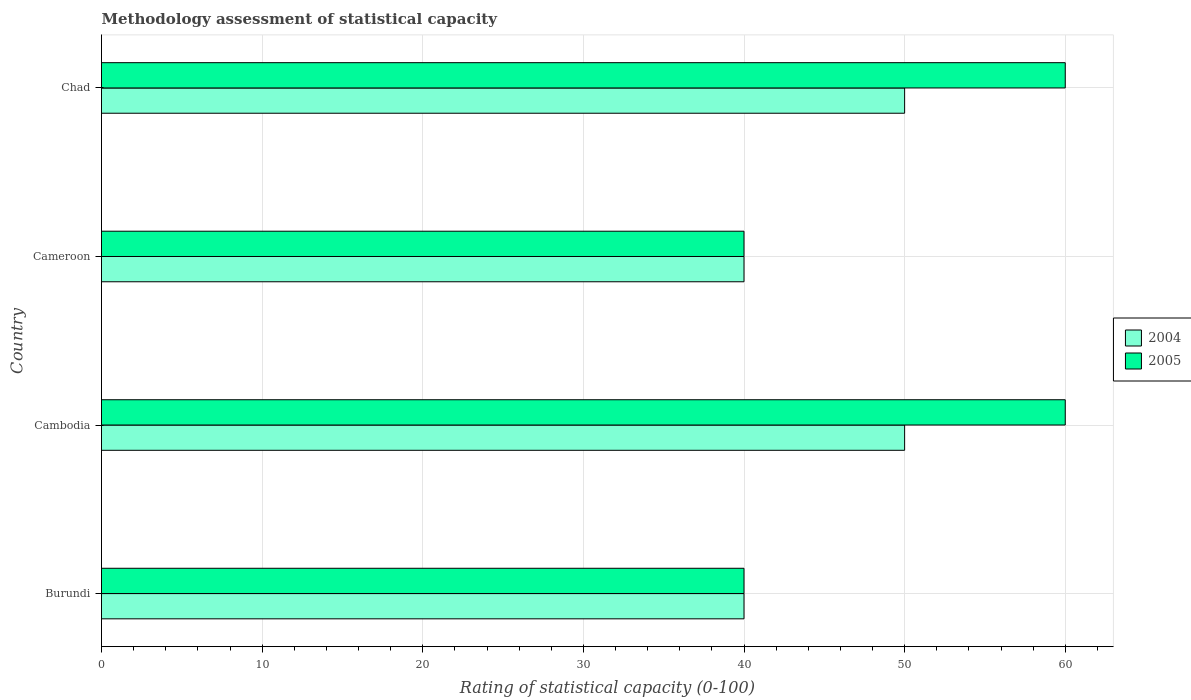
| Country | 2004 | 2005 |
 | --- | --- | --- |
 | Burundi | 40 | 40 |
 | Cambodia | 50 | 60 |
 | Cameroon | 40 | 40 |
 | Chad | 50 | 60 |